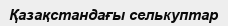
Қазақстандағы селькуптар